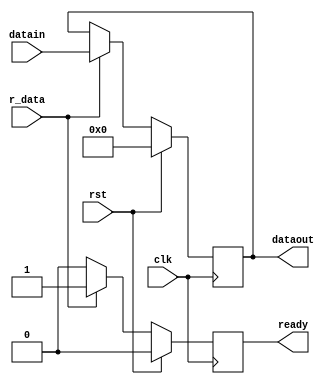
`timescale 1ns / 1ps
//////////////////////////////////////////////////////////////////////////////////
// Company: INSTITUTO TECNOLOGICO DE COSTA RICA
// 
// Design Name: 
// Module Name:    Buffer 
// Project Name: 
// Target Devices: 
// Tool versions: 
// Description: 
//////////////////////////////////////////////////////////////////////////////////
module UBuffer(input clk,rst,r_data,
				   input [7:0] datain,
					output [7:0]dataout,
					output ready);	
	//registros
	reg [7:0] datos=0;
	reg listo=0;
	
	always@(posedge clk) begin
		if (rst) begin
			datos<=8'b00000000;
			listo<=1'b0;
			end
		else if(r_data) begin
			datos<=datain;
			listo<=1'b1;
			end
		else
			listo<=1'b0;
		end
		
	assign dataout=datos;
	assign ready=listo;

endmodule